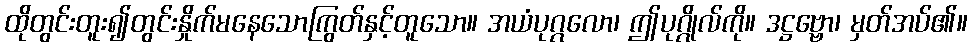
ထိုတွင်းတူး၍တွင်းနှိုက်မနေသောကြွတ်နှင့်တူသော။ အယံပုဂ္ဂလော၊ ဤပုဂ္ဂိုလ်ကို။ ဒဋ္ဌဗ္ဗော၊ မှတ်အပ်၏။